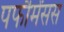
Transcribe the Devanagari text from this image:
पर्फौर्मंसस